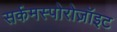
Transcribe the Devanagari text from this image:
सर्कमस्पोरोज़ॉइट